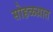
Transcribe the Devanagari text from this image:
सोहळय़ात